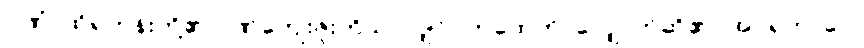
ဂုဏံ၊ ထိုရဟန်းတို့၏ ဂုဏ်ကျေးဇူးကိုသာလျှင်။ ကထေတိ၊ လျှောက်ဆို၏။ အပရဘာဂေ၊